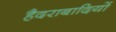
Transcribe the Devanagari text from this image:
हैदराबादियों